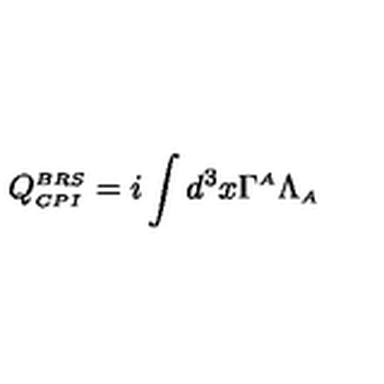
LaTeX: \displaystyle Q _ { \scriptscriptstyle C P I } ^ { \scriptscriptstyle B R S } = i \int d ^ { 3 } x \Gamma ^ { \scriptscriptstyle A } \Lambda _ { \scriptscriptstyle A }